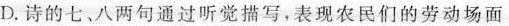
D.诗的七八两句通过听觉描写，表现农民们的劳动场面以及愉悦心情。